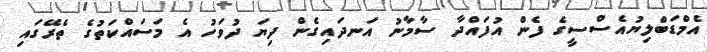
އެމްޑަބްލިޔުއެސްސީގެ ފެން އުފައްދާ ސާމާނު އަނދައިގެން ދިޔަ ދުވަހު އެ މަސައްކަތުގެ ތެރޭގައި